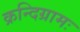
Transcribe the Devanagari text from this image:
क्रन्दिग्रामः